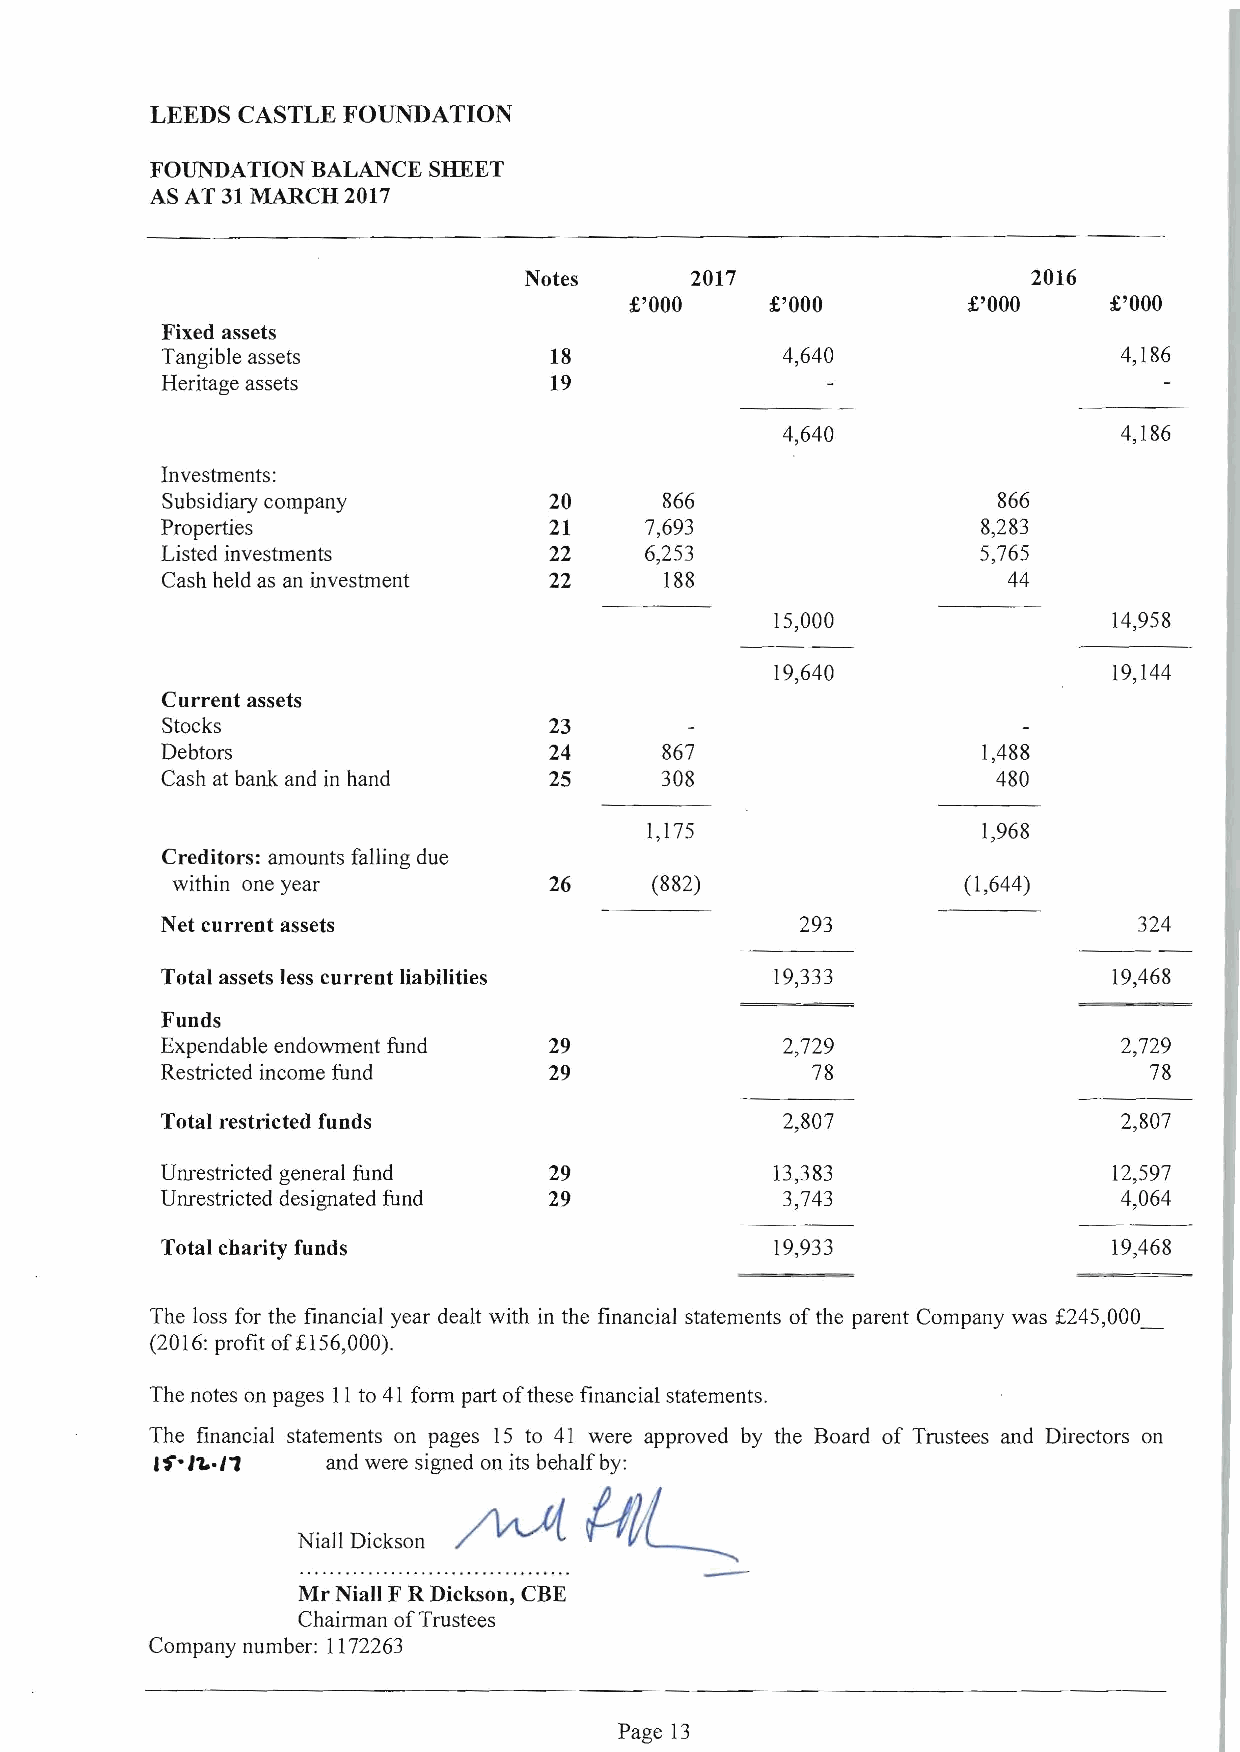
LEEDS CASTLE FOUNDATION
 FOUNDATION BALANCE SHEET
 AS AT 31 MARCH 2017
 Notes      2017                  2016
 £'000    £'000        £'000    £'000
 Fixed assets
 Tangible assets          18              4,640                 4,186
 Heritage assets          19
 4,640                 4,186
 Investments:
 Subsidiary company       20      866                   866
 Properties               21     7,693                 8,283
 Listed investments       22     6,253                 5,765
 Cash held as an investment 22    188                    44
 15,000                 14,958
 19,640                 19,144
 Current assets
 Stocks                   23
 Debtors                  24      867                  1,488
 Cash at bank and in hand 25      308                   480
 1,175                 1,968
 Creditors: amounts falling due
 within one year          26     (882)                (1,644)
 Net current assets                        293                   324
 Total assets less current liabilities   19,333                 19,468
 Funds
 Expendable endowment fund 29             2,729                 2,729
 Restricted income fund   29                78                    78
 Total restricted funds                   2,807                 2,807
 Unrestricted general fund 29            13,383                 12,597
 Unrestricted designated fund 29          3,743                 4,064
 Total charity funds                     19,933                 19,468
 The loss for the financial year dealt with in the financial statements of the parent Company was £245,000_
 (2016: profit of£156,000).
 The notes on pages II to 41 form part of these financial statements.
 The financial statements on pages 15 to 41 were approved by the Board of Trustees and Directors on
 i 'f"/1.·'1 and were signed on its behalf by:
 Niall Dickson              -
 Mr Niall F R Dickson, CBE
 Chairman of Trustees
 Company number: 1172263
 Page 13